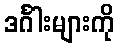
ဒင်္ဂါးများကို